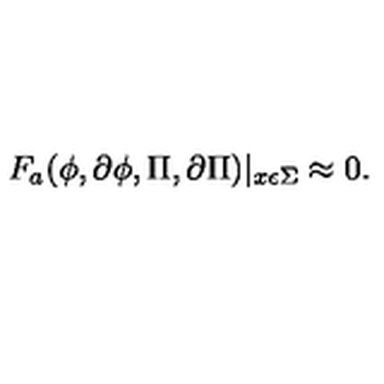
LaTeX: F _ { a } ( \phi , \partial \phi , \Pi , \partial \Pi ) | _ { x \epsilon \Sigma } \approx 0 .